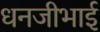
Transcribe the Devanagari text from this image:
धनजीभाई